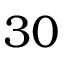
3 0